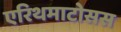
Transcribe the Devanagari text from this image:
एरिथमाटोसस